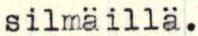
silmäillä.